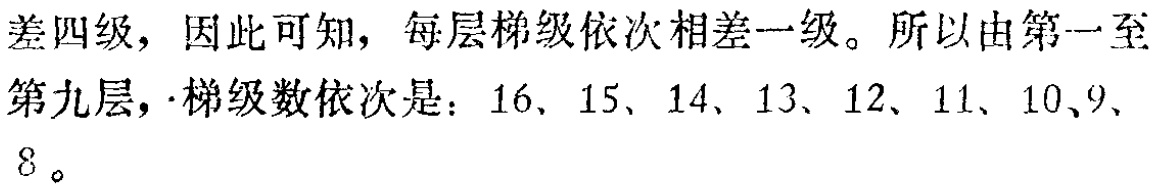
差四级，因此可知，每层梯级依次相差一级。所以由第一至

第九层，梯级数依次是：$16$、$15$、$14$、$13$、$12$、$11$、$10$、$9$、

$8$。